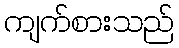
ကျက်စားသည်